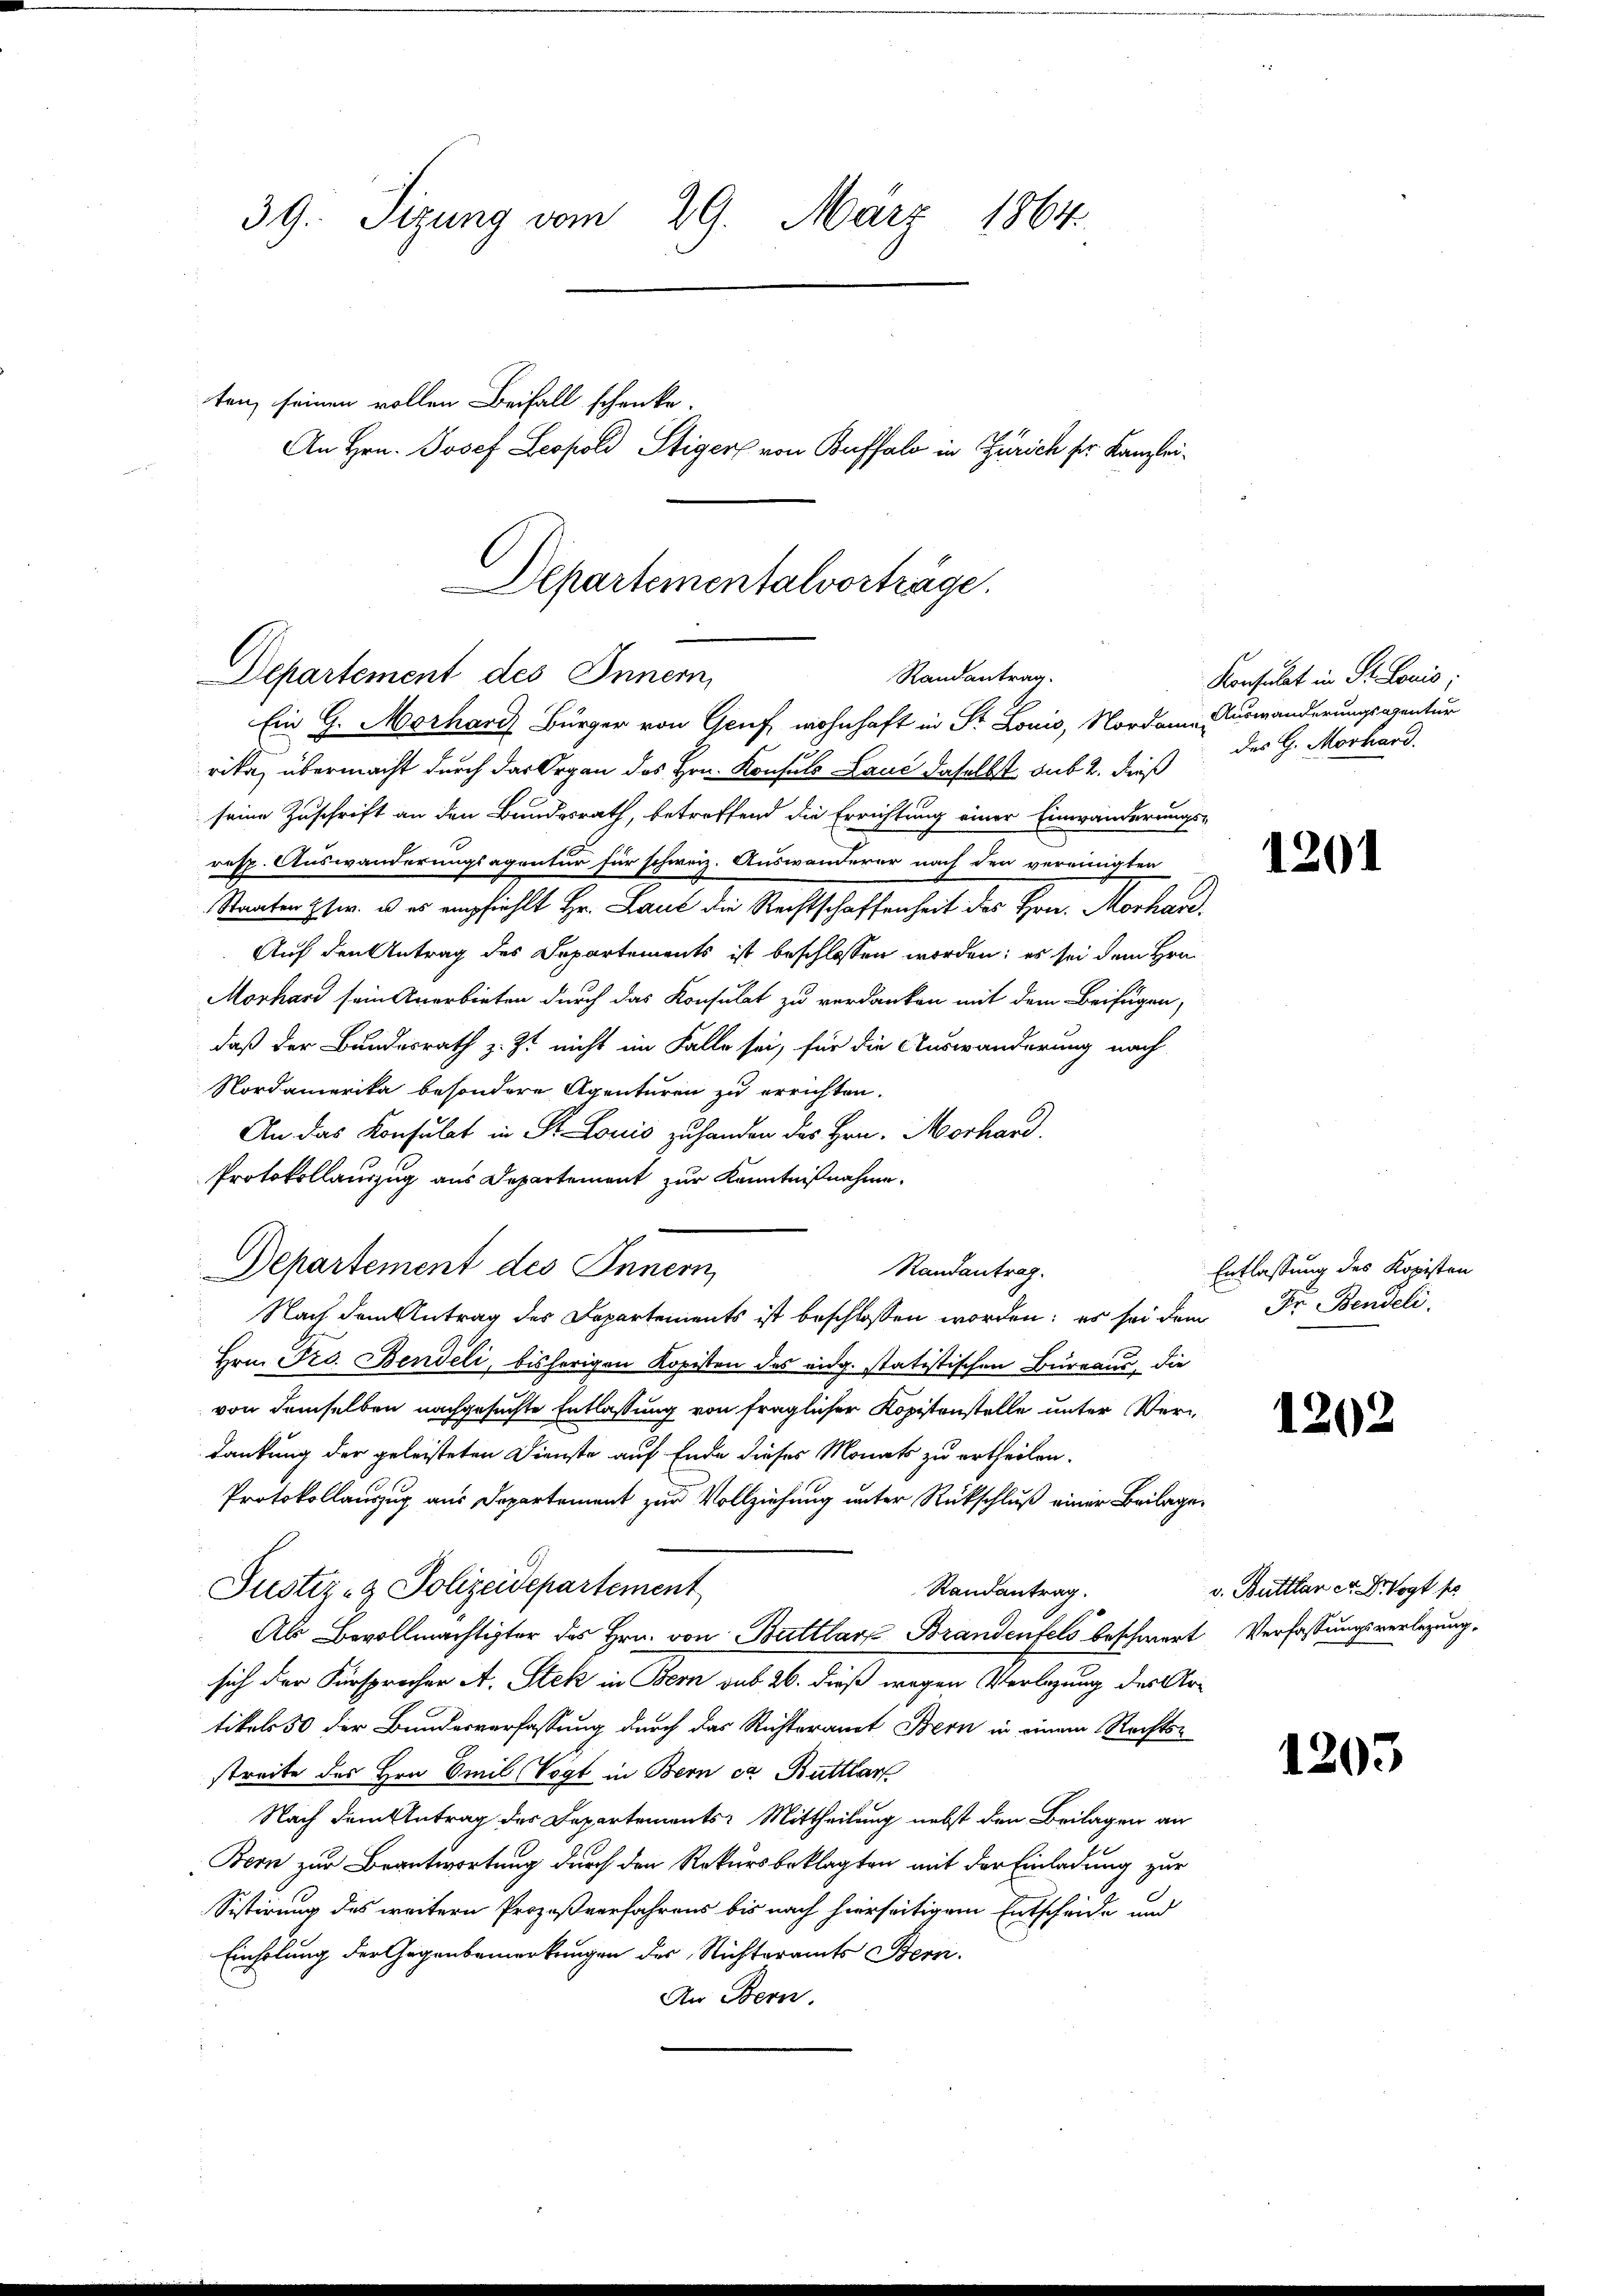
39. Sizung vom 29. März 1864.
ten, seinen vollen Beifall schenke.
An Hrn. Josef Leopold Stiger von Buffalo in Zürich sr. Kanzlei¬

Departementalvorträge.
Departement des Innern,
Randantrag.

Ein G. Morhard Bürger von Graf wohnhaft in St. Louis, Nordame Auswanderungsagentur
rika, übermacht durch das Organ des Hrn. Konsuls Laut daselbst sub 2. dieß
seine Zuschrift an den Bundesrath, betreffend die Errichtung einer Einwanderungs-
resp. Auswanderungsagentur für schweiz. Auswanderer nach den vereinigten
Staaten Eser. u es empfiehlt Hr. Laut die Rechtschaffenheit des Hrn. Morhan¬
Auf den Antrag des Departements ist beschlossen worden; es sei dem Hrn.
Morhard sein Anerbieten durch das Konsulat zu verdanken mit dem Beifügen,
daß der Bundesrath z. Zt. nicht im Falle sei, für die Auswanderung nach
Nordamerika besondere Agenturen zu errichten.
An das Konsulat in St. Louis zuhanden des Hrn. Morhand
Protokollauszug aus Departement zur Kenntnißnahme.
Departement des Innern
Randantrag.
Nach dem Antrag des Departements ist beschlossen worden; es sei dem Dr. Bendeli
Hrn. Pro. Bendeli, bisherigen Kopisten des eidg. statistischen Bureaus, die
von demselben nachgesuchte Entlassung von fraglicher Kopitenstelle unter Verdankung der geleisteten Dienste auf Ende dieses Monats zu ertheilen.
Protokollauszug aus Departement zur Vollziehung unter Rückschluß einer Beilage¬
Justiz- & Polizeidepartement
Randantrag.
Ab Bevollmächtigter des Hrn. von Buttlarz Brandenfels beschwert Verfassungsverlegungsich der Fürsprücher A. Stek in Bern sub 26. dieß wegen Verlegung des Artikels 50 der Bundesverfassung durch das Richteramt Bern in einem Rechtsstreite des Hrn. Emil Vogt in Bern ca Butthar
Nach dem Antrag des Departements: Mittheilung nebst den Beilagen an
Bern zur Beantwortung durch den Rekursbeklagten mit der Einladung zur
Sistirung des weitern Prozeßverfahrens bis nach hierseitigem Entscheide und
Einholung der Gegenbemerkungen des Richteramts Bern.
An Bern.

Konsulat in St. Louis;
des G. Morhard.

1201

Entlassung des Kopisten

1202

v. Buttlan er Bevogt s

1203